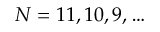
N = 1 1 , 1 0 , 9 , \dots